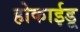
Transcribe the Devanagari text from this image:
होकाईडू